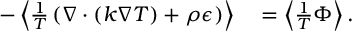
\begin{array} { r l } { - \ensuremath { \left\langle \frac { 1 } { T } \left( \ensuremath { \nabla } \cdot ( k \ensuremath { \nabla } T ) + \rho \epsilon \right) \right\rangle } } & { { } = \ensuremath { \left\langle \frac { 1 } { T } \Phi \right\rangle } . } \end{array}